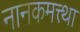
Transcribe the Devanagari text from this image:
नानकमत्त्था